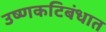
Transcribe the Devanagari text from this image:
उष्णकटिबंधात